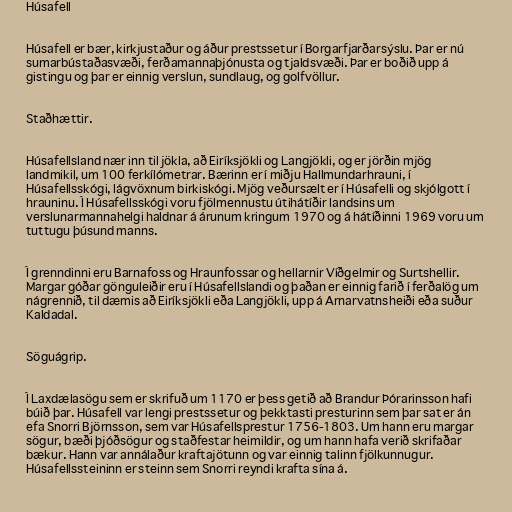
Húsafell

Húsafell er bær, kirkjustaður og áður prestssetur í Borgarfjarðarsýslu. Þar er nú
sumarbústaðasvæði, ferðamannaþjónusta og tjaldsvæði. Þar er boðið upp á
gistingu og þar er einnig verslun, sundlaug, og golfvöllur.

Staðhættir.

Húsafellsland nær inn til jökla, að Eiríksjökli og Langjökli, og er jörðin mjög
landmikil, um 100 ferkílómetrar. Bærinn er í miðju Hallmundarhrauni, í
Húsafellsskógi, lágvöxnum birkiskógi. Mjög veðursælt er í Húsafelli og skjólgott í
hrauninu. Í Húsafellsskógi voru fjölmennustu útihátíðir landsins um
verslunarmannahelgi haldnar á árunum kringum 1970 og á hátíðinni 1969 voru um
tuttugu þúsund manns.

Í grenndinni eru Barnafoss og Hraunfossar og hellarnir Víðgelmir og Surtshellir.
Margar góðar gönguleiðir eru í Húsafellslandi og þaðan er einnig farið í ferðalög um
nágrennið, til dæmis að Eiríksjökli eða Langjökli, upp á Arnarvatnsheiði eða suður
Kaldadal.

Söguágrip.

Í Laxdælasögu sem er skrifuð um 1170 er þess getið að Brandur Þórarinsson hafi
búið þar. Húsafell var lengi prestssetur og þekktasti presturinn sem þar sat er án
efa Snorri Björnsson, sem var Húsafellsprestur 1756-1803. Um hann eru margar
sögur, bæði þjóðsögur og staðfestar heimildir, og um hann hafa verið skrifaðar
bækur. Hann var annálaður kraftajötunn og var einnig talinn fjölkunnugur.
Húsafellssteininn er steinn sem Snorri reyndi krafta sína á.